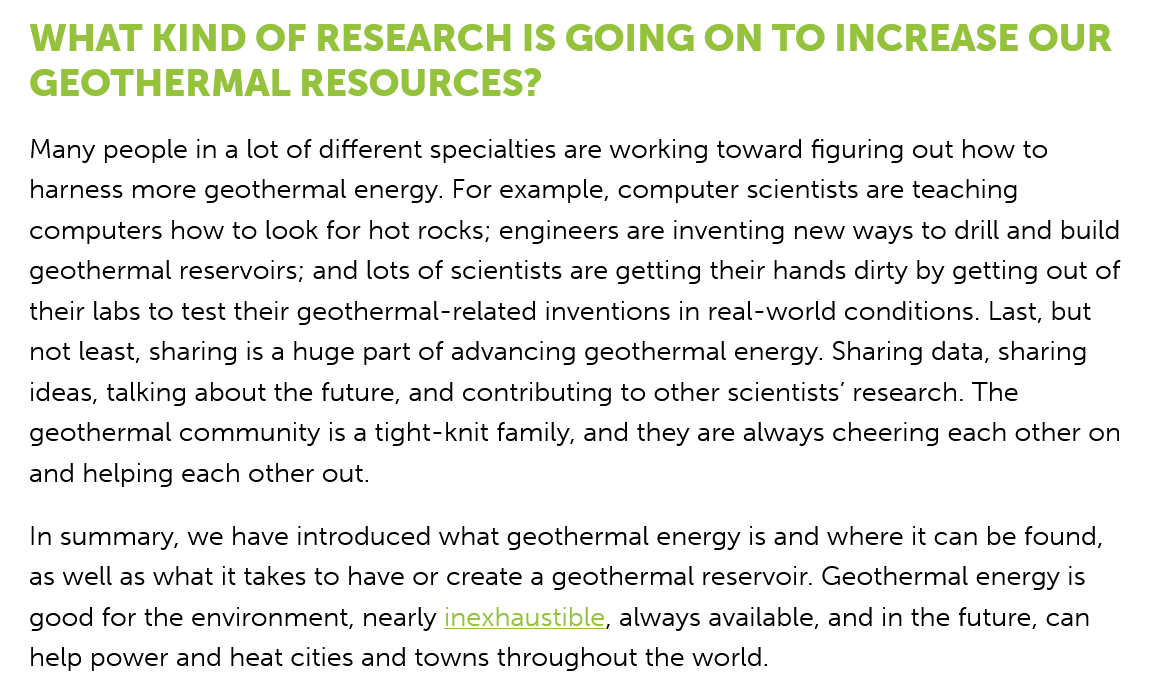
WHAT  KIND    OF  RESEARCH    IS    GOING    ON   TO   INCREASE    OUR
   GEOTHERMAL    RESOURCES?
   Many people in a lot of different specialties are working toward figuring out how to
   harness more geothermal energy. For example, computer scientists are teaching
   computers how to look for hot rocks; engineers are inventing new ways to drill and build
   geothermal reservoirs; and lots of scientists are getting their hands dirty by getting out of
   their labs to test their geothermal-related inventions in real-world conditions. Last, but
   not least, sharing is a huge part of advancing geothermal energy. Sharing data, sharing
   ideas, talking about the future, and contributing to other scientists’ research. The
   geothermal community  is a tight-knit family, and they are always cheering each other on
   and helping each other out.
   In summary, we have introduced what geothermal energy is and where it can be found,
   as well as what it takes to have or create a geothermal reservoir. Geothermal energy is
   good for the environment, nearly inexhaustible, always available, and in the future, can
   help power and heat cities and towns throughout the world.